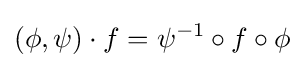
(\phi ,\psi )\cdot f=\psi ^{-1}\circ f\circ \phi